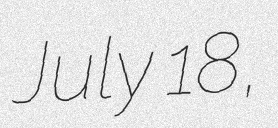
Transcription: July 18,